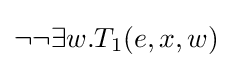
\neg \neg \exists w.T_{1}(e,x,w)